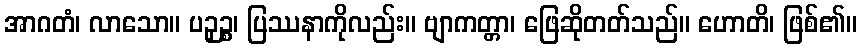
အာဂတံ၊ လာသော။ ပဉှဉ္စ၊ ပြဿနာကိုလည်း။ ဗျာကတ္တာ၊ ဖြေဆိုတတ်သည်။ ဟောတိ၊ ဖြစ်၏။